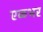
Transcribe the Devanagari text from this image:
एळभर